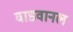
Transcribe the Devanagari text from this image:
वाडवानल